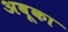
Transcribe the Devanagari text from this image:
अबूका